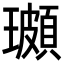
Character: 𭺌